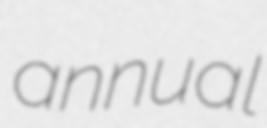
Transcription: annual